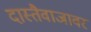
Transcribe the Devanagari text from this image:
दास्तैवाजावर